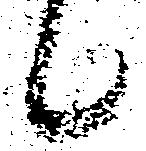
候